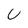
Character: U